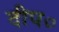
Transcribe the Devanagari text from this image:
दीप०